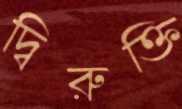
দ্বিরুক্তি